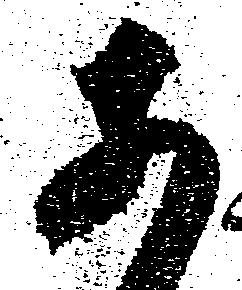
あ